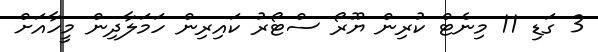
3 ގަޑި 11 މިނެޓް ކުރިން ޔޫރޯ ސްޓޯރު ކައިރިން ހަމަލާދިން މީހާއަށް